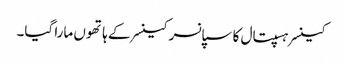
کینسر ہسپتال کا سپانسر کینسر کے ہاتھوں مارا گیا۔